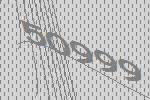
50999